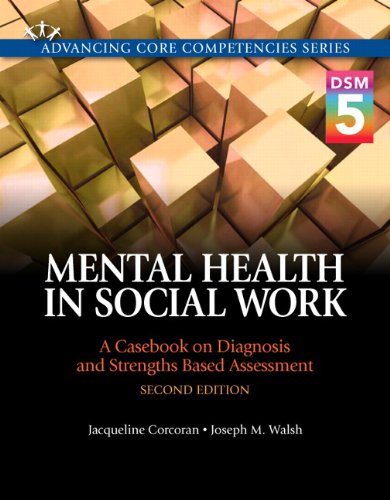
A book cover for Mental Health in Social Work: A Casebook on Diagnosis and Strengths Based Assessment (DSM 5 Update) (2nd Edition) (Advancing Core Competencies); Jacqueline Corcoran; Politics & Social Sciences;